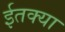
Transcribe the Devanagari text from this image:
ईतक्या